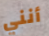
أنني